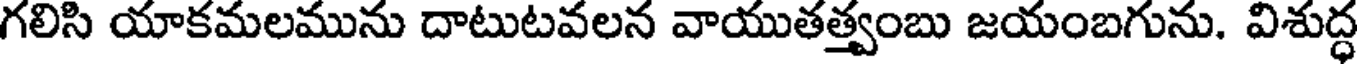
గలిసి యాకమలమును దాటుటవలన వాయుతత్త్వంబు జయంబగును. విశుద్ధ